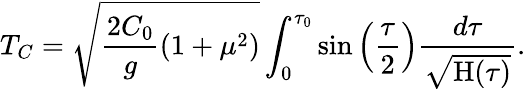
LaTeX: T_{C}=\sqrt{\frac{2C_{0}}{g}\left({1+\mu^{2}}\right)}\int_{0}^{\tau_{0}}{\sin\left({\frac{\tau}{2}}\right)\frac{d\tau}{\sqrt{\mathrm{H}(\tau)}}}.